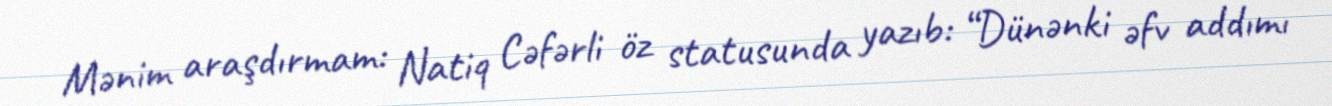
Mənim araşdırmam: Natiq Cəfərli öz statusunda yazıb: “Dünənki əfv addımı